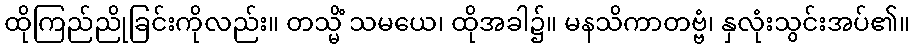
ထိုကြည်ညိုခြင်းကိုလည်း။ တသ္မိံ သမယေ၊ ထိုအခါ၌။ မနသိကာတဗ္ဗံ၊ နှလုံးသွင်းအပ်၏။